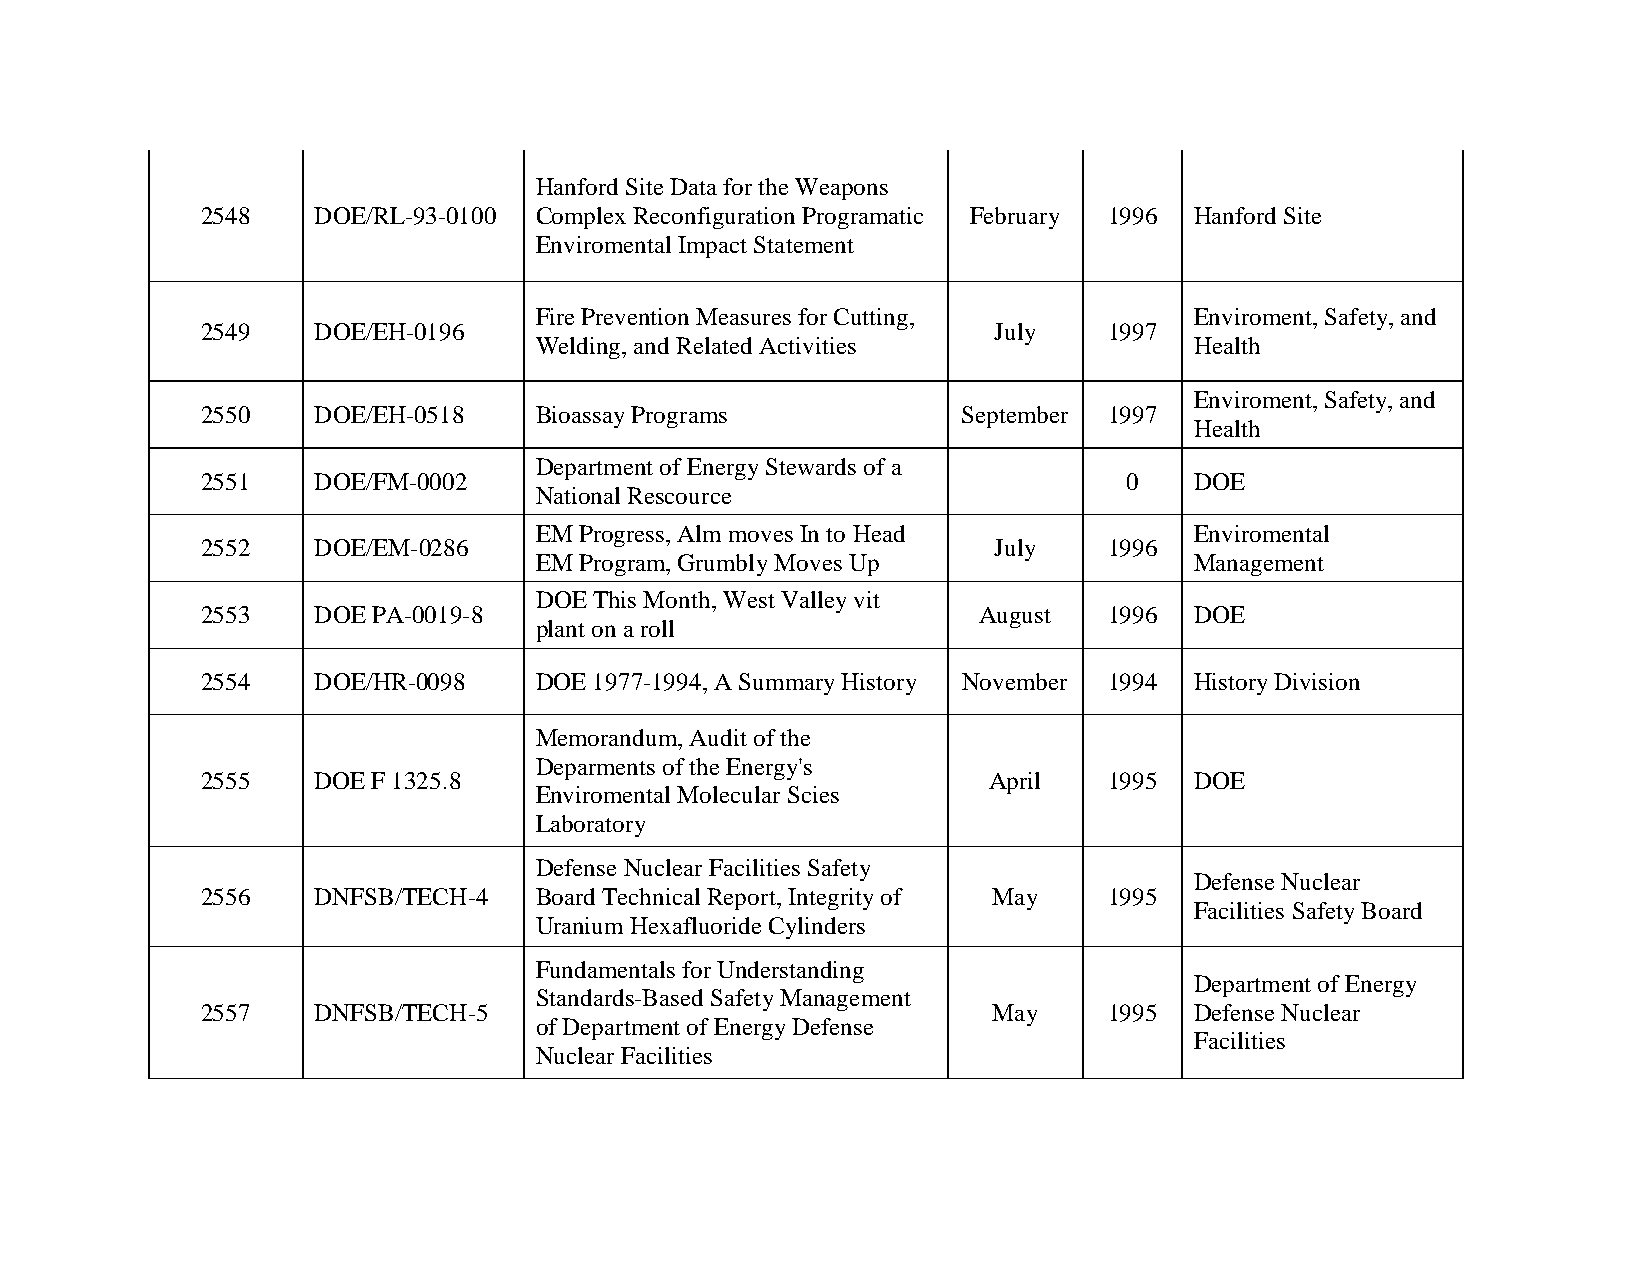
Hanford Site Data for the Weapons
 2548    DOE/RL-93-0100 Complex Reconfiguration Programatic February 1996 Hanford Site
 Enviromental Impact Statement
 Fire Prevention Measures for Cutting,       Enviroment, Safety, and
 2549    DOE/EH-0196                                  July   1997
 Welding, and Related Activities             Health
 Enviroment, Safety, and
 2550    DOE/EH-0518   Bioassay Programs            September 1997
 Health
 Department of Energy Stewards of a
 2551    DOE/FM-0002                                           0   DOE
 National Rescource
 EM Progress, Alm moves In to Head           Enviromental
 2552    DOE/EM-0286                                  July   1996
 EM Program, Grumbly Moves Up                Management
 DOE This Month, West Valley vit
 2553    DOE PA-0019-8                               August  1996  DOE
 plant on a roll
 2554    DOE/HR-0098   DOE 1977-1994, A Summary History November 1994 History Division
 Memorandum, Audit of the
 Deparments of the Energy's
 2555    DOE F 1325.8                                April   1995  DOE
 Enviromental Molecular Scies
 Laboratory
 Defense Nuclear Facilities Safety
 Defense Nuclear
 2556    DNFSB/TECH-4  Board Technical Report, Integrity of May 1995
 Facilities Safety Board
 Uranium Hexafluoride Cylinders
 Fundamentals for Understanding
 Department of Energy
 Standards-Based Safety Management
 2557    DNFSB/TECH-5                                 May    1995  Defense Nuclear
 of Department of Energy Defense
 Facilities
 Nuclear Facilities